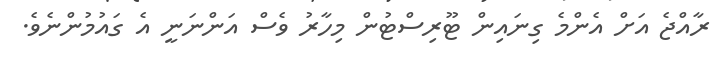
ރާއްޖެ އަށް އެންމެ ގިނައިން ޓޫރިސްޓުން މިހާރު ވެސް އަންނަނީ އެ ގައުމުންނެވެ.